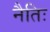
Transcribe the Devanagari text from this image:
नैतिः